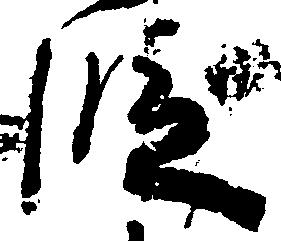
段